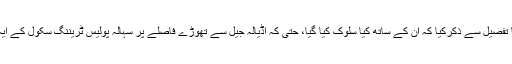
محترمہ نے کراچی جیل، سہالہ ریسٹ ہاؤس اور المرتضیٰ لاڑکانہ میں نظر بندی کا تفصیل سے ذکرکیا کہ ان کے ساتھ کیا سلوک کیا گیا، حتیٰ کہ اڈیالہ جیل سے تھوڑے فاصلے پر سہالہ پولیس ٹریننگ سکول کے ایک چھوٹے کمرے میں بند ان ماں بیٹی کو مرے والد کا چہرہ بھی نہ دیکھنے دیا گیا۔